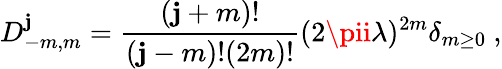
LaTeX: D_{-m,m}^{\mathbf{j}}={\frac{{(\mathbf{j}+m)!}}{{(\mathbf{j}-m)!(2m)!}}}(2\pii\lambda)^{2m}\delta_{m\geq0}~,